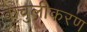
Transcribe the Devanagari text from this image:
केचुलीकरण